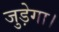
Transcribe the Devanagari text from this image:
जुड़ेगा।